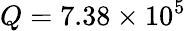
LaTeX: Q=7.38\times 10^{5}